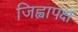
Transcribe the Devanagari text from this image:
जिह्वापक्ष